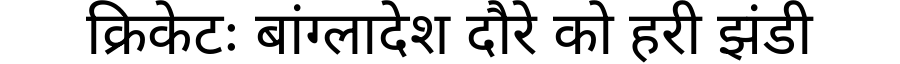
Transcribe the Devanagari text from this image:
क्रिकेटः बांग्लादेश दौरे को हरी झंडी